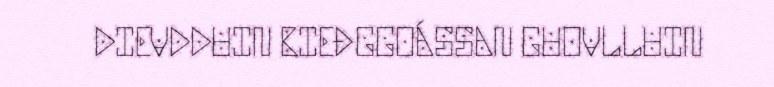
DIEVDDUIN BIEĐGGOÁSSAN GUOVLLUIN